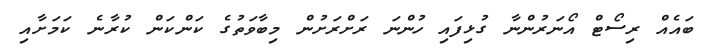
ބައެއް ރިސޯޓް އޯނަރުންނާ ގުޅިފައި ހުންނަ ރަށްރަށުން މިބާވަތުގެ ކަންކަން ކުރާނެ ކަމަށާއި